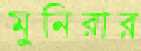
মুনিরার